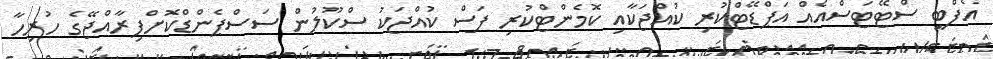
އެފްބީ ސްޓޭޓަސްއެއް އަޕްޑޭޓްކުރި ކުއްޖަކާއި ކޮމެންޓްކުރި ފަސް ކުއްޖަކު ސްކޫލުން ސަސްޕެންޑްކޮށްފިރާއްޖޭގެ ހުރިހާ